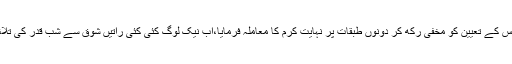
اللہ تبارک و تعالیٰ نے اس کے تعیین کو مخفی رکھ کر دونوں طبقات پر نہایت کرم کا معاملہ فرمایا،اب نیک لوگ کئی کئی راتیں شوق سے شب قدر کی تلاش میں گزار دیتے ہیں ۔